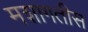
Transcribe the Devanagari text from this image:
मशागतीस